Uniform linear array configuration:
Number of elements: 24
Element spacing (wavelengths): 0.75
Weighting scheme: blackman
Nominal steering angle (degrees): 30
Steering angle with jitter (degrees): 30.938
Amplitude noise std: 0.05
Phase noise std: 0.05

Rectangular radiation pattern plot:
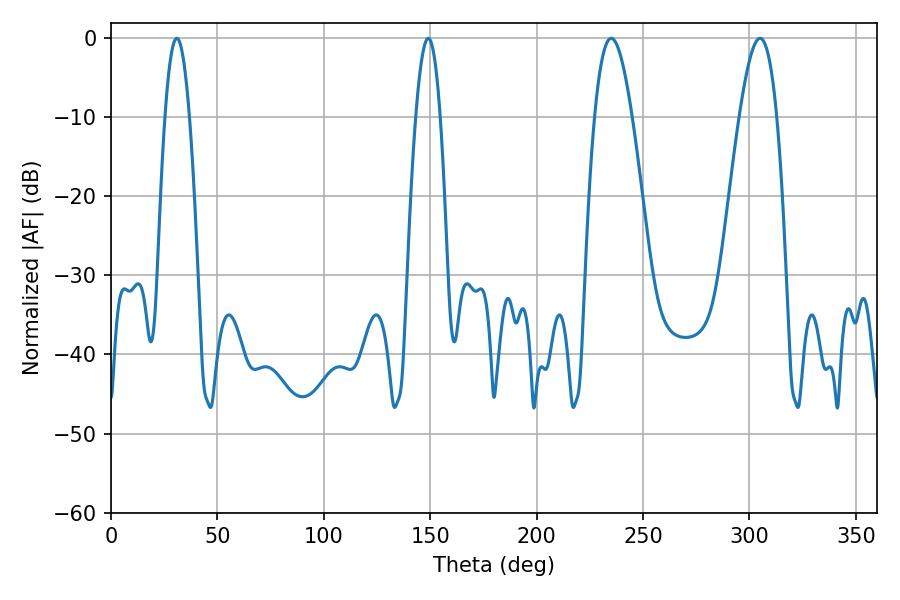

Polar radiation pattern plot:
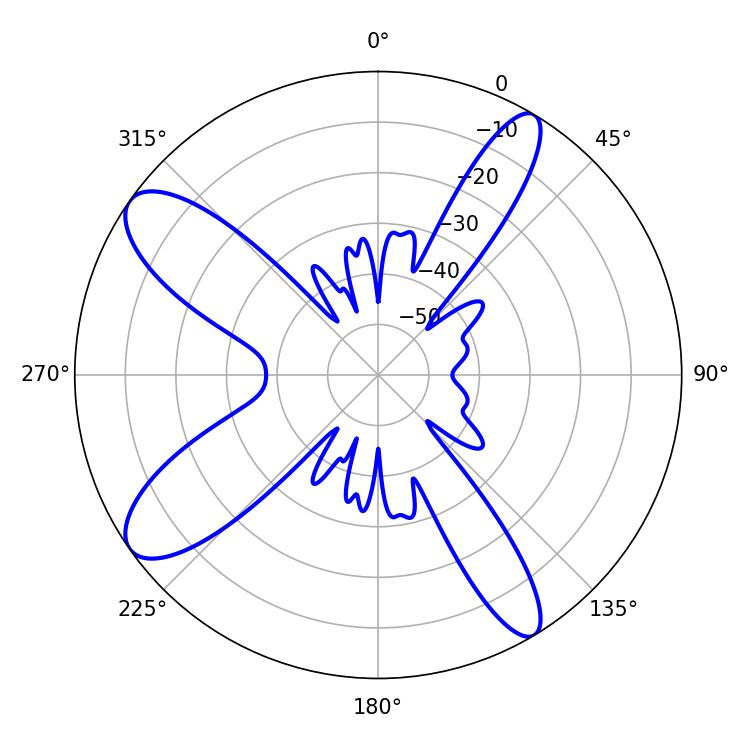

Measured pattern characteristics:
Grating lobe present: TRUE
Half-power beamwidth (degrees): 9.54
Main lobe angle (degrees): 235.08